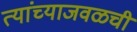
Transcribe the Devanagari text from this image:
त्यांच्याजवळची